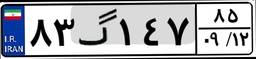
۸۳گ۱۴۷۸۵